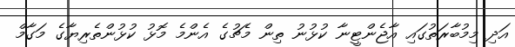
އަދި މިމުބާރަތުގައި އާޖެންޓީނާ ކުޅުނު ތިން މެޗުގެ އެންމެ މޮޅު ކުޅުންތެރިޔާގެ މަގާމް